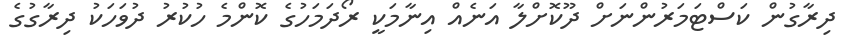
ދިރާގުން ކަސްޓަމަރުންނަށް ދޫކޮށްލާ އަނެއް އިނާމަކީ ރޯދަމަހުގެ ކޮންމެ ހުކުރު ދުވަހަކު ދިރާގުގެ